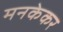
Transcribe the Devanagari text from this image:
मनकेकर